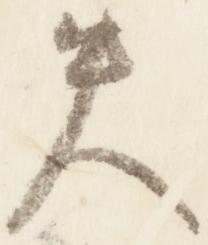
失